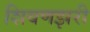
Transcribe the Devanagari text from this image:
शिवणझरी